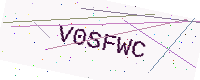
Text: V0SFWC